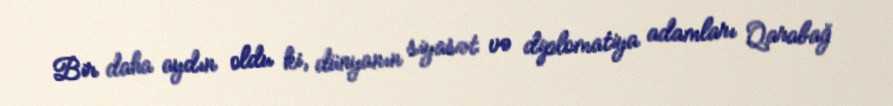
Bir daha aydın oldu ki, dünyanın siyasət və diplomatiya adamları Qarabağ